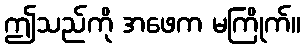
ဤသည်ကို အဖေက မကြိုက်။